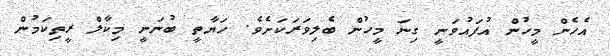
އެހެން މީހުން އުފައުވަނީ ގިނަ މީހުން ބެލިވަރަކަށެވެ. ހަޔާތީ ބުނަނީ މިކާލް ރީތިކަމުން